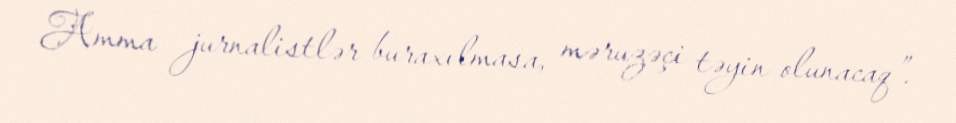
Amma jurnalistlər buraxılmasa, məruzəçi təyin olunacaq”.